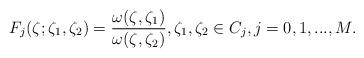
LaTeX: \begin{align*}F_j(\zeta;\zeta_1,\zeta_2)=\frac{\omega(\zeta,\zeta_1)}{\omega(\zeta,\zeta_2)}, \zeta_1,\zeta_2\in C_j, j=0,1,...,M.\end{align*}